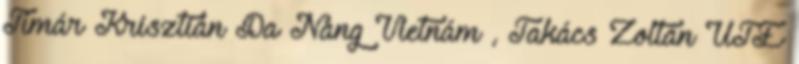
Tímár Krisztián Da Nang Vietnám , Takács Zoltán UTE